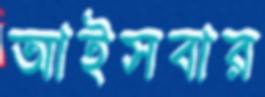
আইসবার